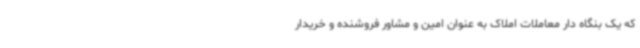
که یک بنگاه دار معاملات املاک به عنوان امین و مشاور فروشنده و خریدار